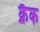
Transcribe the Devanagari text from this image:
क्नैक